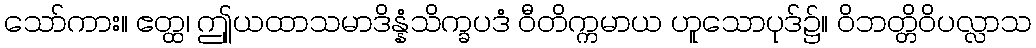
သော်ကား။ ဧတ္ထ၊ ဤုယထာသမာဒိန္နံသိက္ခပဒံ ဝီတိက္ကမာယ ဟူသောပုဒ်၌။ ဝိဘတ္တိဝိပလ္လာသ